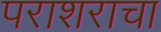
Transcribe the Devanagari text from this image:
पराशराचा